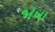
જોખા